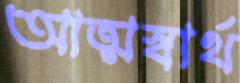
আত্মস্বার্থ